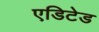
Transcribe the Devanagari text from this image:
एडिटेड